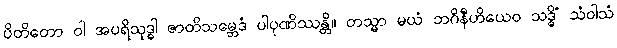
ပိတိတော ဝါ အပရိသုဒ္ဓါ ဇာတိသမ္ဘေဒံ ပါပုဏိဿန္တိ။ တသ္မာ မယံ ဘဂိနီဟိယေဝ သဒ္ဓိံ သံဝါသံ